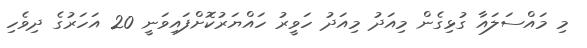
މި މައްސަލައާ ގުޅިގެން މިއަދު މިއަދު ހަވީރު ހައްޔަރުކޮށްފައިވަނީ 20 އަހަރުގެ ދިވެހި